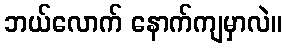
ဘယ်လောက် နောက်ကျမှာလဲ။